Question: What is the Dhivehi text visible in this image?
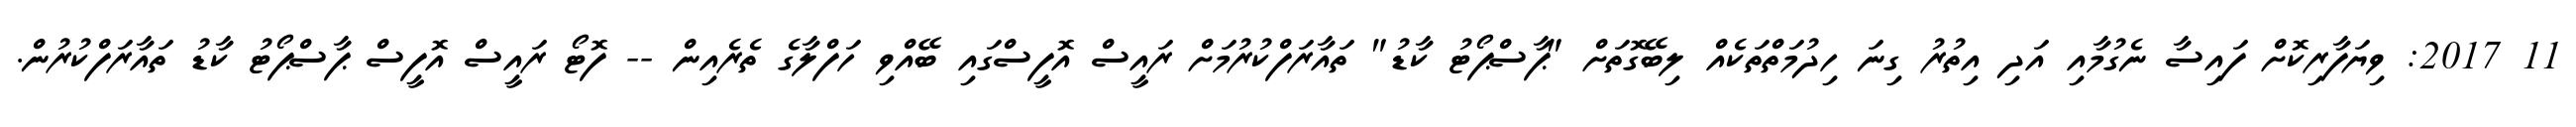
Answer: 11 2017: ވިޔަފާރިކޮށް ފައިސާ ނެގުމާއި އަދި އިތުރު ގިނަ ހިދުމަތްތަކެއް ލިބޭގޮތަށް "ޕާސްޕޯޓު ކާޑު" ތައާރަފްކުރުމަށް ރައީސް އޮފީސްގައި ބޭއްވި ހަފްލާގެ ތެރެއިން -- ފޮޓޯ ރައީސް އޮފީސް ޕާސްޕޯޓު ކާޑު ތައާރަފްކުރުން.